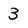
Character: 3